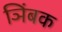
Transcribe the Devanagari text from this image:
ञिंबक